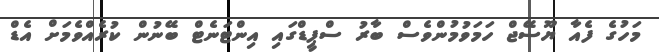
މަހުގެ ފެއާ ޔޫސޭޖް ހަމަވުމުންވެސް ބާރު ސްޕީޑްގައި އިންޓަނެޓް ބޭނުން ކުރެެއްވެމަށް އެޑް